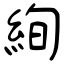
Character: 絢